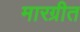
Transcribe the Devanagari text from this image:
मारग्रीत